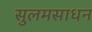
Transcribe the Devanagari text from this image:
सुलमसाधन